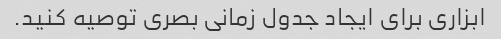
ابزاری برای ایجاد جدول زمانی بصری توصیه کنید.